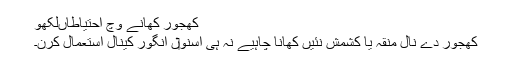
کھجور کھانے وچ احتیاطاںلکھو
کھجور دے نال منقہ یا کشمش نئيں کھانا چاہیے نہ ہی اسنو‏ں انگور کینال استعمال کرن۔